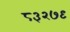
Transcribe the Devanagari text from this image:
८३२७९